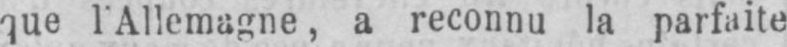
que l’Allemagne, a reconnu la parfaite